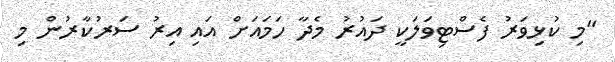
"މި ކުޅިވަރު ފެސްޓިވަލަކީ ދައުރު މެދާ ހަމައަށް އައި އިރު ސަރުކާރުން މި